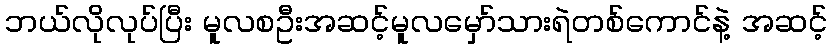
ဘယ်လိုလုပ်ပြီး မူလစဦးအဆင့်မူလမှော်သားရဲတစ်ကောင်နဲ့ အဆင့်